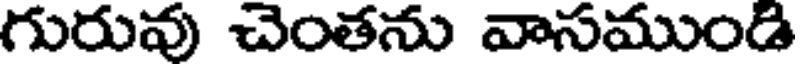
గురువు చెంతను వాసముండి